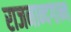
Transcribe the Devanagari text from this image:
राजनान्दगान्व